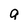
Character: g